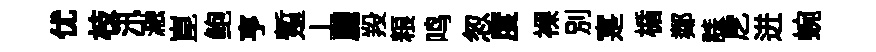
优枝汛瀜崑鲍亨蹔丄麗羖粮鸣怱度裸别寔楯鄰誄戹迸蜿